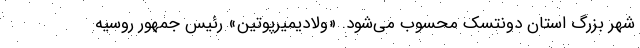
شهر بزرگ استان دونتسک محسوب می‌شود. «ولادیمیرپوتین» رئیس جمهور روسیه